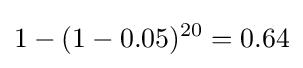
1-(1-0.05)^{20}=0.64